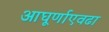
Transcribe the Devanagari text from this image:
आघूर्णाएवढा